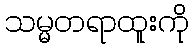
သမ္မတရာထူးကို